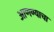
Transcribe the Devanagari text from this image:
अाणण्याचा